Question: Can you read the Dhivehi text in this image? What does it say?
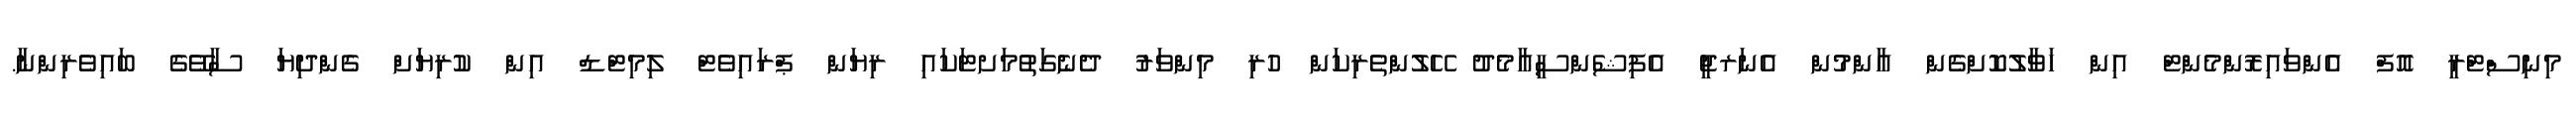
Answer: މިނިސްޓްރީ އޮފް އެންވައިރޮންމެންޓް އިން ހަވާލުކޮށްގެން އާންމުން އެނަރޖީ އެފިޝެންސީއާމެދު ހޭލުންތެރިކަން ހުރި މިންވަރު ދެނެގަތުމަށޓަކައި ރިޔަން ޕްރައިވެޓް ލިމިޓްޑް އިން ކުރިޔަށް ގެންދިޔަ ސާވޭގެ ބައިވެރިންނާ.